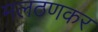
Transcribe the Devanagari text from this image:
मलठणकर